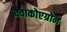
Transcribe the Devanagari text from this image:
क्वाकोएग्रोन